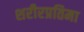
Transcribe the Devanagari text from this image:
शरीरप्रतिमा